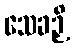
သေခဉှိ